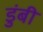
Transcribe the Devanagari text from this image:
डुंबी